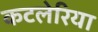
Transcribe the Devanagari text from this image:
कटलेरिया